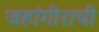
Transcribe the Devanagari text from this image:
जहांगीराची